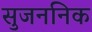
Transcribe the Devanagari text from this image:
सुजननिक